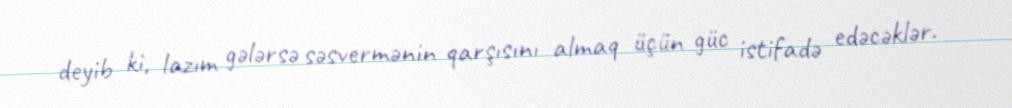
deyib ki, lazım gələrsə səsvermənin qarşısını almaq üçün güc istifadə edəcəklər.